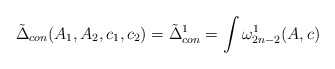
\begin{align*}\tilde{\Delta}_{con}(A_{1},A_{2},c_{1},c_{2})=\tilde{\Delta}^{1}_{con}=\int\omega^{1}_{2n-2}(A,c)\end{align*}